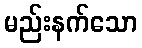
မည်းနက်သော